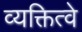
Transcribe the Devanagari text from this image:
व्यक्तित्वे